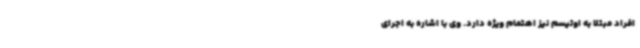
افراد مبتلا به اوتیسم نیز اهتمام ویژه دارد. وی با اشاره به اجرای